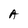
Character: A